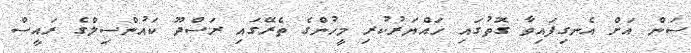
ސަން އަށް އެނގިފައިވާ ގޮތުގައި ހައްޔަރުކުރި މީހުންގެ ތެރޭގައި ރަސްދޫ ކައުންސިލްގެ ރައީސް